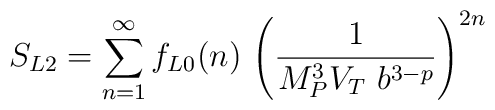
S_{L2} =\sum_{n=1}^\infty f_{L0}(n) \, \left({1 \over M_P^3 V_T~b^{3-p} }\right)^{2n}